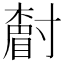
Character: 𡭌